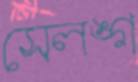
সেলঙ্গ